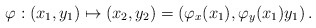
\begin{align*} \varphi : (x_1, y_1) \mapsto (x_2, y_2) = \left( \varphi_x(x_1), \varphi_y(x_1)y_1\right).\end{align*}